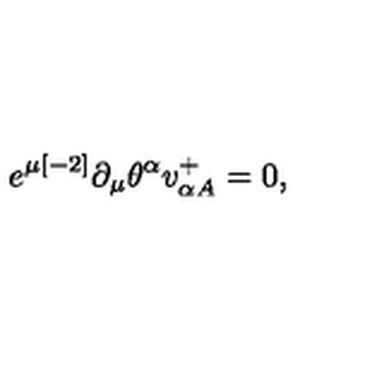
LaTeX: e ^ { \mu { [ - 2 ] } } \partial _ { \mu } \theta ^ { \alpha } v _ { \alpha { A } } ^ { { + } } = 0 ,